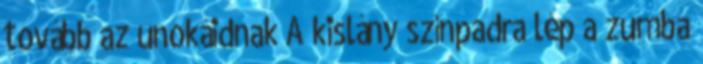
tovább az unokáidnak A kislány színpadra lép a zumba